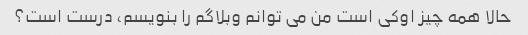
حالا همه چیز اوکی است من می توانم وبلاگم را بنویسم، درست است؟